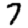
Digit: 7